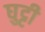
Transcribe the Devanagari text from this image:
घुट्टी